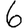
Digit: 6